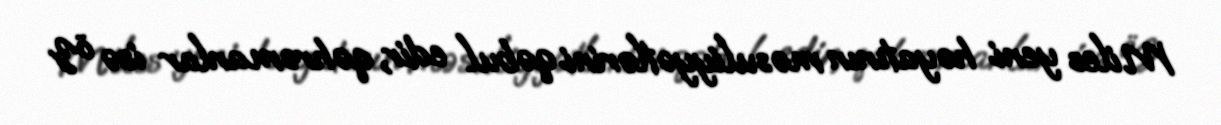
Miles yeni həyatının məsuliyyətlərini qəbul edir, qəhrəmanlar isə öz